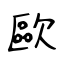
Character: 歐